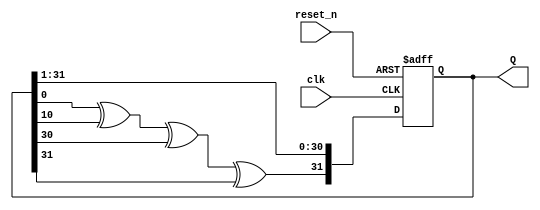
`timescale 1ns / 1ps
//////////////////////////////////////////////////////////////////////////////////
// Company: UCT
// 
// Design Name: Linear feedback shift register
// Module Name: lfsr_tb FIBONNACCI VERSION
// Project Name: PRNG
// Target Devices: Nexys A7 100-T
// Tool Versions: 
// Description: 
// 
// Dependencies: 
// 
// Revision:
// Revision 0.01
// Additional Comments:
// 
//////////////////////////////////////////////////////////////////////////////////


module lfsr
    #(parameter N = 32,parameter seed ='d1)( //No of bits =N, can specify seed at instantiation
    input clk,
    input reset_n,
    output [1:N] Q//generated random number register
    );
    
    //Assumes MSB is bit 1, LSB=bit N, not strating from 0 but this can be changed
    reg [1:N] Q_reg, Q_next;
    wire taps; //positions that are XOR to get next state

    always @(posedge clk, negedge reset_n)//on positive clk or negative reset
    begin
        if (~reset_n) //if reset==0, initial state
 // LSFR seed can be anything except 0 or FFFFFFFF
            Q_reg <= seed;
        else
            Q_reg <= Q_next; //assign the next generated number to register
            //count=count+1;
    end
    
    // Next state logic
    always @(taps, Q_reg)
        Q_next = {taps, Q_reg[1:N - 1]}; //equivalent to left shift and XOR
                                        //with Taps

        
    // Output logic
    assign Q = Q_reg; //assign current state to output signal
    
    //-------------------------------------------------------------    

    //N=32, tap positions give the longest period before repeats see docs
     assign taps=Q_reg[32] ^ Q_reg[22]^ Q_reg[2] ^ Q_reg[1];
 

        
endmodule

module RNG
 #(parameter Num=3)(
 input clk,
 input reset_n,
 output [1:32] Q
 
 );
 
 wire [1:32] Q1,Q2,Q3;
 //lfsr #(.N(32)) LFSRs[Num:1] (clk,reset_n,Q);
 lfsr #(.N(32),.seed(2)) LFSR2(clk,reset_n,Q1);
 lfsr #(.N(32),.seed(3)) LFSR3(clk,reset_n,Q2);
 lfsr #(.N(32),.seed(4)) LFSR4(clk,reset_n,Q3);
 //only way to generate multiple LFSRs
 assign Q={Q1,Q2,Q3};
 
endmodule